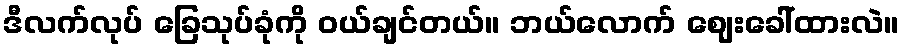
ဒီလက်လုပ် ခြေသုပ်ခုံကို ဝယ်ချင်တယ်။ ဘယ်လောက် ဈေးခေါ်ထားလဲ။